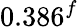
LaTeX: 0.386^{f}